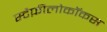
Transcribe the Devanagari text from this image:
स्टैफ़ीलोकॉकस